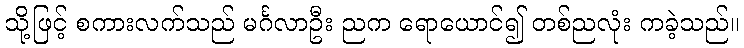
သို့ဖြင့် စကားလက်သည် မင်္ဂလာဦး ညက ရောယောင်၍ တစ်ညလုံး ကခဲ့သည်။